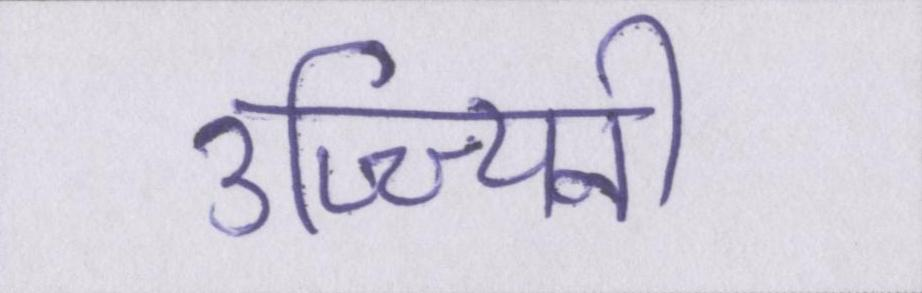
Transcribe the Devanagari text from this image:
उज्ज्यिनी